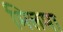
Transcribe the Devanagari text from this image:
मिलमा